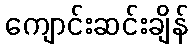
ကျောင်းဆင်းချိန်